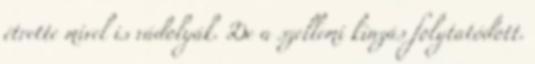
étrette mivel is vádolyák. De a szellemi kinzás folytatódott.